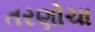
તરણોચા